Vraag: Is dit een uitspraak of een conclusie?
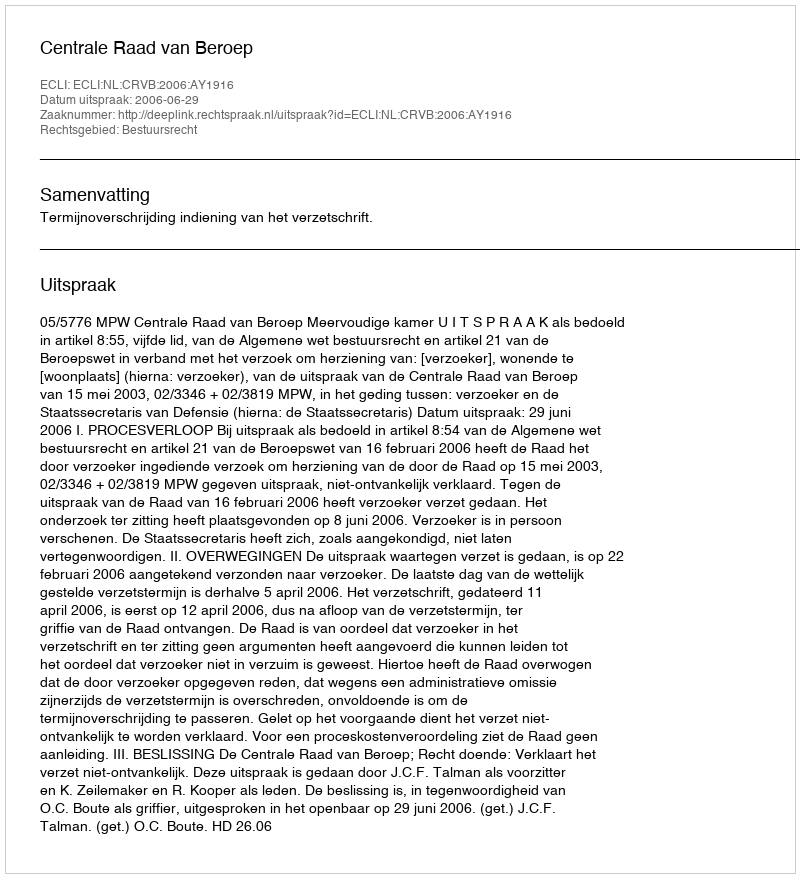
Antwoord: Uitspraak